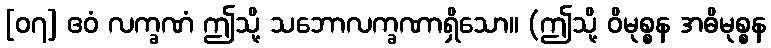
[၀၇] ဧဝံ လက္ခဏံ ဤသို့ သဘောလက္ခဏာရှိသော။ (ဤသို့ ဝိမုစ္စန အဓိမုစ္စန